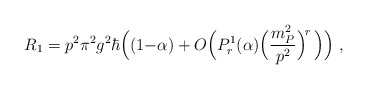
\begin{align*}R_1 = p^2 \pi^2 g^2 \hbar \Big( (1{-}\alpha) + O\Big( P^1_r(\alpha) \Big(\frac{m_P^2}{p^2}\Big)^{\!r}\,\Big)\Big)~,\end{align*}